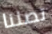
تصلنا